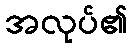
အလုပ်၏